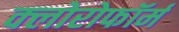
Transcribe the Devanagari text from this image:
क्‍लोरोफॉर्म